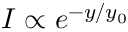
I \propto e ^ { - y / y _ { 0 } }